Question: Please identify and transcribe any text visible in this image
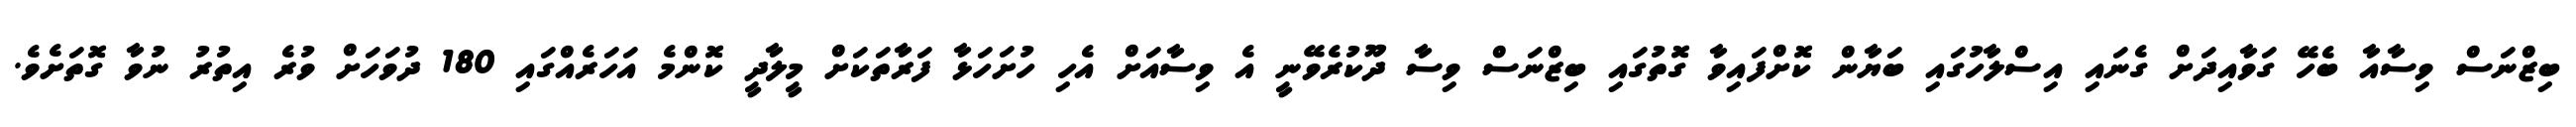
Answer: ބިޒްނަސް ވިސާއާ ބެހޭ ގަވާއިދަށް ގެނައި އިސްލާހުގައި ބަޔާން ކޮށްފައިވާ ގޮތުގައި ބިޒްނަސް ވިސާ ދޫކުރެވޭނީ އެ ވިސާއަށް އެހި ހުށަހަޅާ ފަރާތަކަށް މީލާދީ ކޮންމެ އަހަރެއްގައި 180 ދުވަހަށް ވުރެ އިތުރު ނުވާ ގޮތަށެވެ.